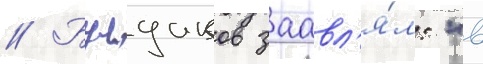
// Булдаков заавл'я́л: "в